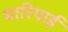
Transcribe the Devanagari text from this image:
मारियाई